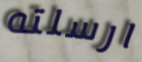
ارسلته